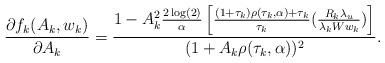
LaTeX: \begin{align*}\frac{\partial f_{k}(A_{k}, w_{k})}{\partial A_{k}} = \frac{1 - A_{k}^{2}\frac{2 \log(2)}{ \alpha }\left[\frac{(1 + \tau_{k})\rho(\tau_{k}, \alpha) + \tau_{k}}{\tau_{k}} (\frac{R_{k}\lambda_{u}}{\lambda_{k}Ww_{k}})\right] }{(1 + A_{k}\rho(\tau_{k}, \alpha))^{2}}.\end{align*}